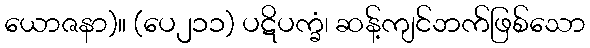
ယောဇနာ)။ (ပေ၂၁၁) ပဋိပက္ခံ၊ ဆန့်ကျင်ဘက်ဖြစ်သော